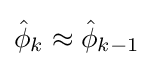
{\hat {\phi }}_{k}\approx {\hat {\phi }}_{k-1}